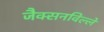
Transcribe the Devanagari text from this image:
जैक्सनविल्ले